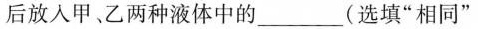
后放入甲、乙两种液体中的____(选填”相同”